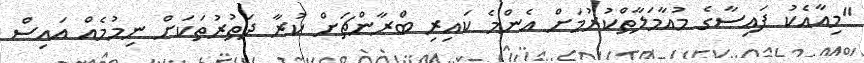
"މިއާއެކު ފައިސާގެ މުއާމަލާތްކުރުމަށް އެންމެ ކައިރި ބްރާންޗަށް ކުރާ ދަތުރުތަކަށް ނިމުމެއް އައިސް